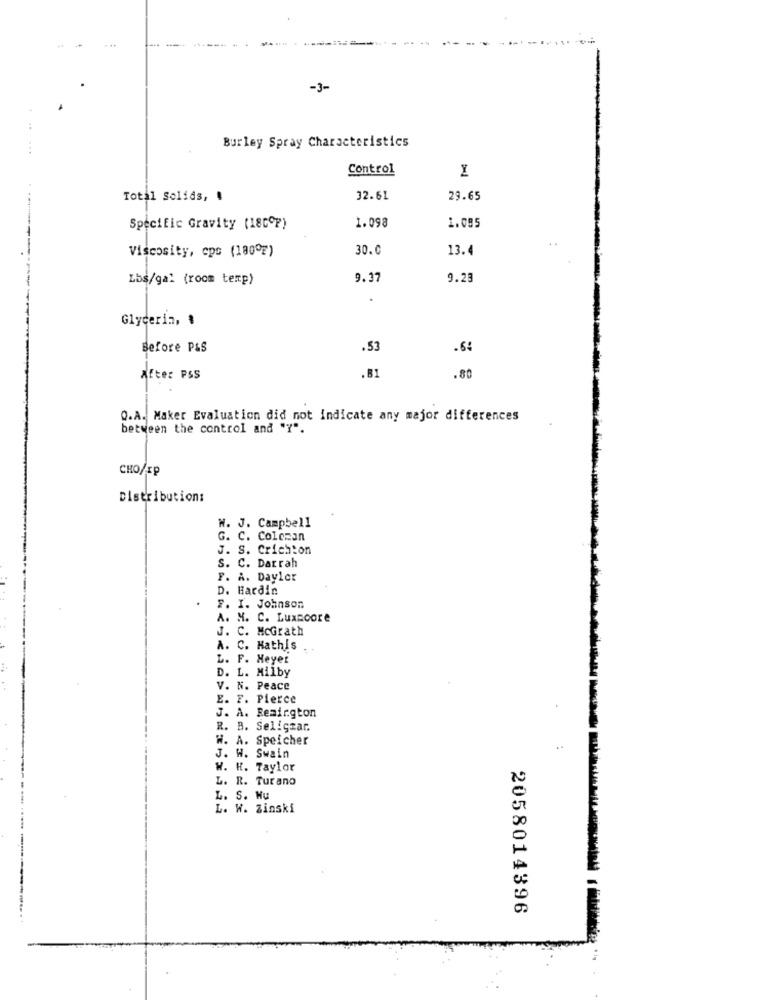
--
-3-
Burley Spray Characteristics
...
Control
Total Solids, !
32.61
29.65
Specific Gravity (180ºF)
1.098
1.095
Viscosity, cpc (180ºF)
30.0
13.4
Lbs/gal (room temp)
9.37
9.23
Glycerin, ៛
Before P&S
.53
.64
After PSS
BI
.80
Q.A. Maker Evaluation did not indicate any major differences
between the control and "?".
CHO/xp
Distribution:
N. J. Campbell
G. C. Colczan
J. S. Crichton
S. C. Darrah
F. A. Dayler
D. Hardin
F. I. Johnson
A. M. C. Luxmoore
J. C. McGrath
A. C. Hathis
L. F. Meyer
D. L. Milby
V. N. Peace
E. F. Pierce
J. A. Remington
R. B. Seligzar.
W. A. Speicher
J. W. Swain
W. H. Taylor
L. R. Turano
L. S. Hu
L. W. Zinski
2058014396